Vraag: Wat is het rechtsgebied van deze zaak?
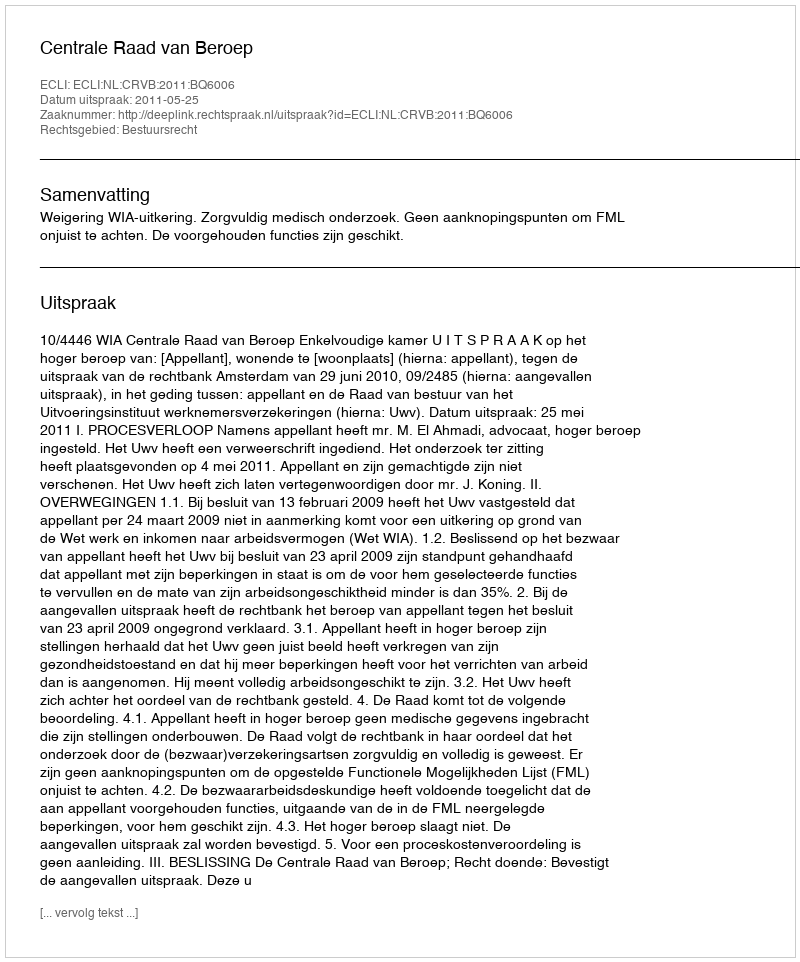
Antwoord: Bestuursrecht